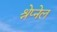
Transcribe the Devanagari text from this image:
श्रेप्नेल